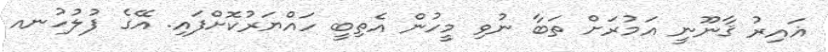
ޣައިރު ޤާނޫނީ އަމުރަށް ތަބާ ނުވި މީހުން އެތިބީ ހައްޔަރުކޮށްފައި. އޭގެ ފުލުހުނއ